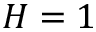
H = 1